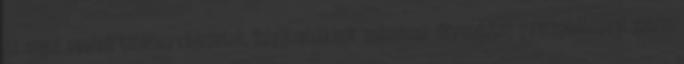
az angol nyelvű tankönyvfejezetek, folyóiratcikkek számának örvendetes gyarapodásával máris